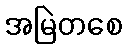
အမြဲတစေ